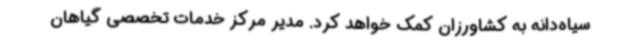
سیاه‌دانه به کشاورزان کمک خواهد کرد. مدیر مرکز خدمات تخصصی گیاهان